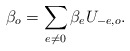
\begin{align*}\beta_{o}=\sum_{e\neq0}\beta_{e}U_{-e,o}. \end{align*}